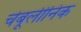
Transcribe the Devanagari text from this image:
चेबूलीनिक